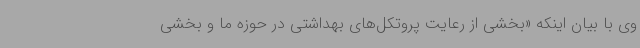
وی با بیان اینکه «بخشی از رعایت پروتکل‌های بهداشتی در حوزه ما و بخشی